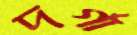
দর্গা